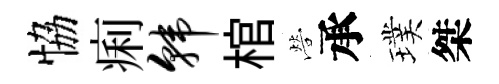
恊痢韩棺營承璞桀